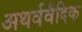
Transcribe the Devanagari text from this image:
अथर्ववैदिक